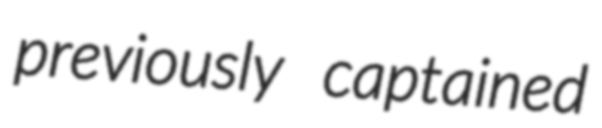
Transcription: previously captained